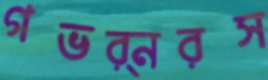
গভর্নরস